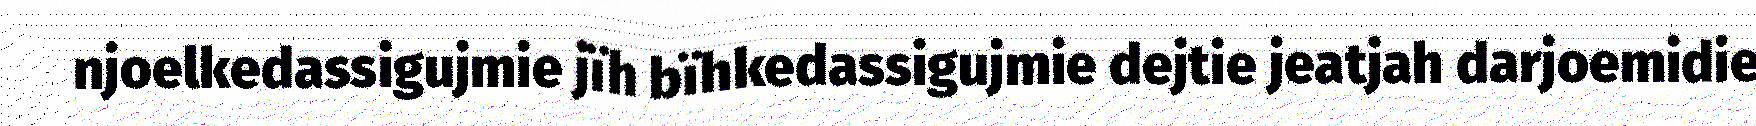
njoelkedassigujmie jïh bïhkedassigujmie dejtie jeatjah darjoemidie